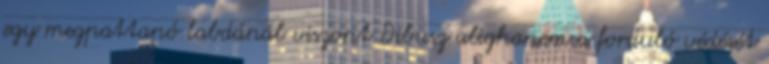
egy megpattanó labdánál viszont Dibusz alighanem a forduló védését